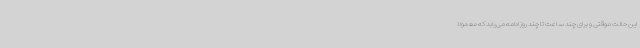
این حالت موقتی و برای چند ساعت تا چند روز ادامه می‌یابد که معمولا